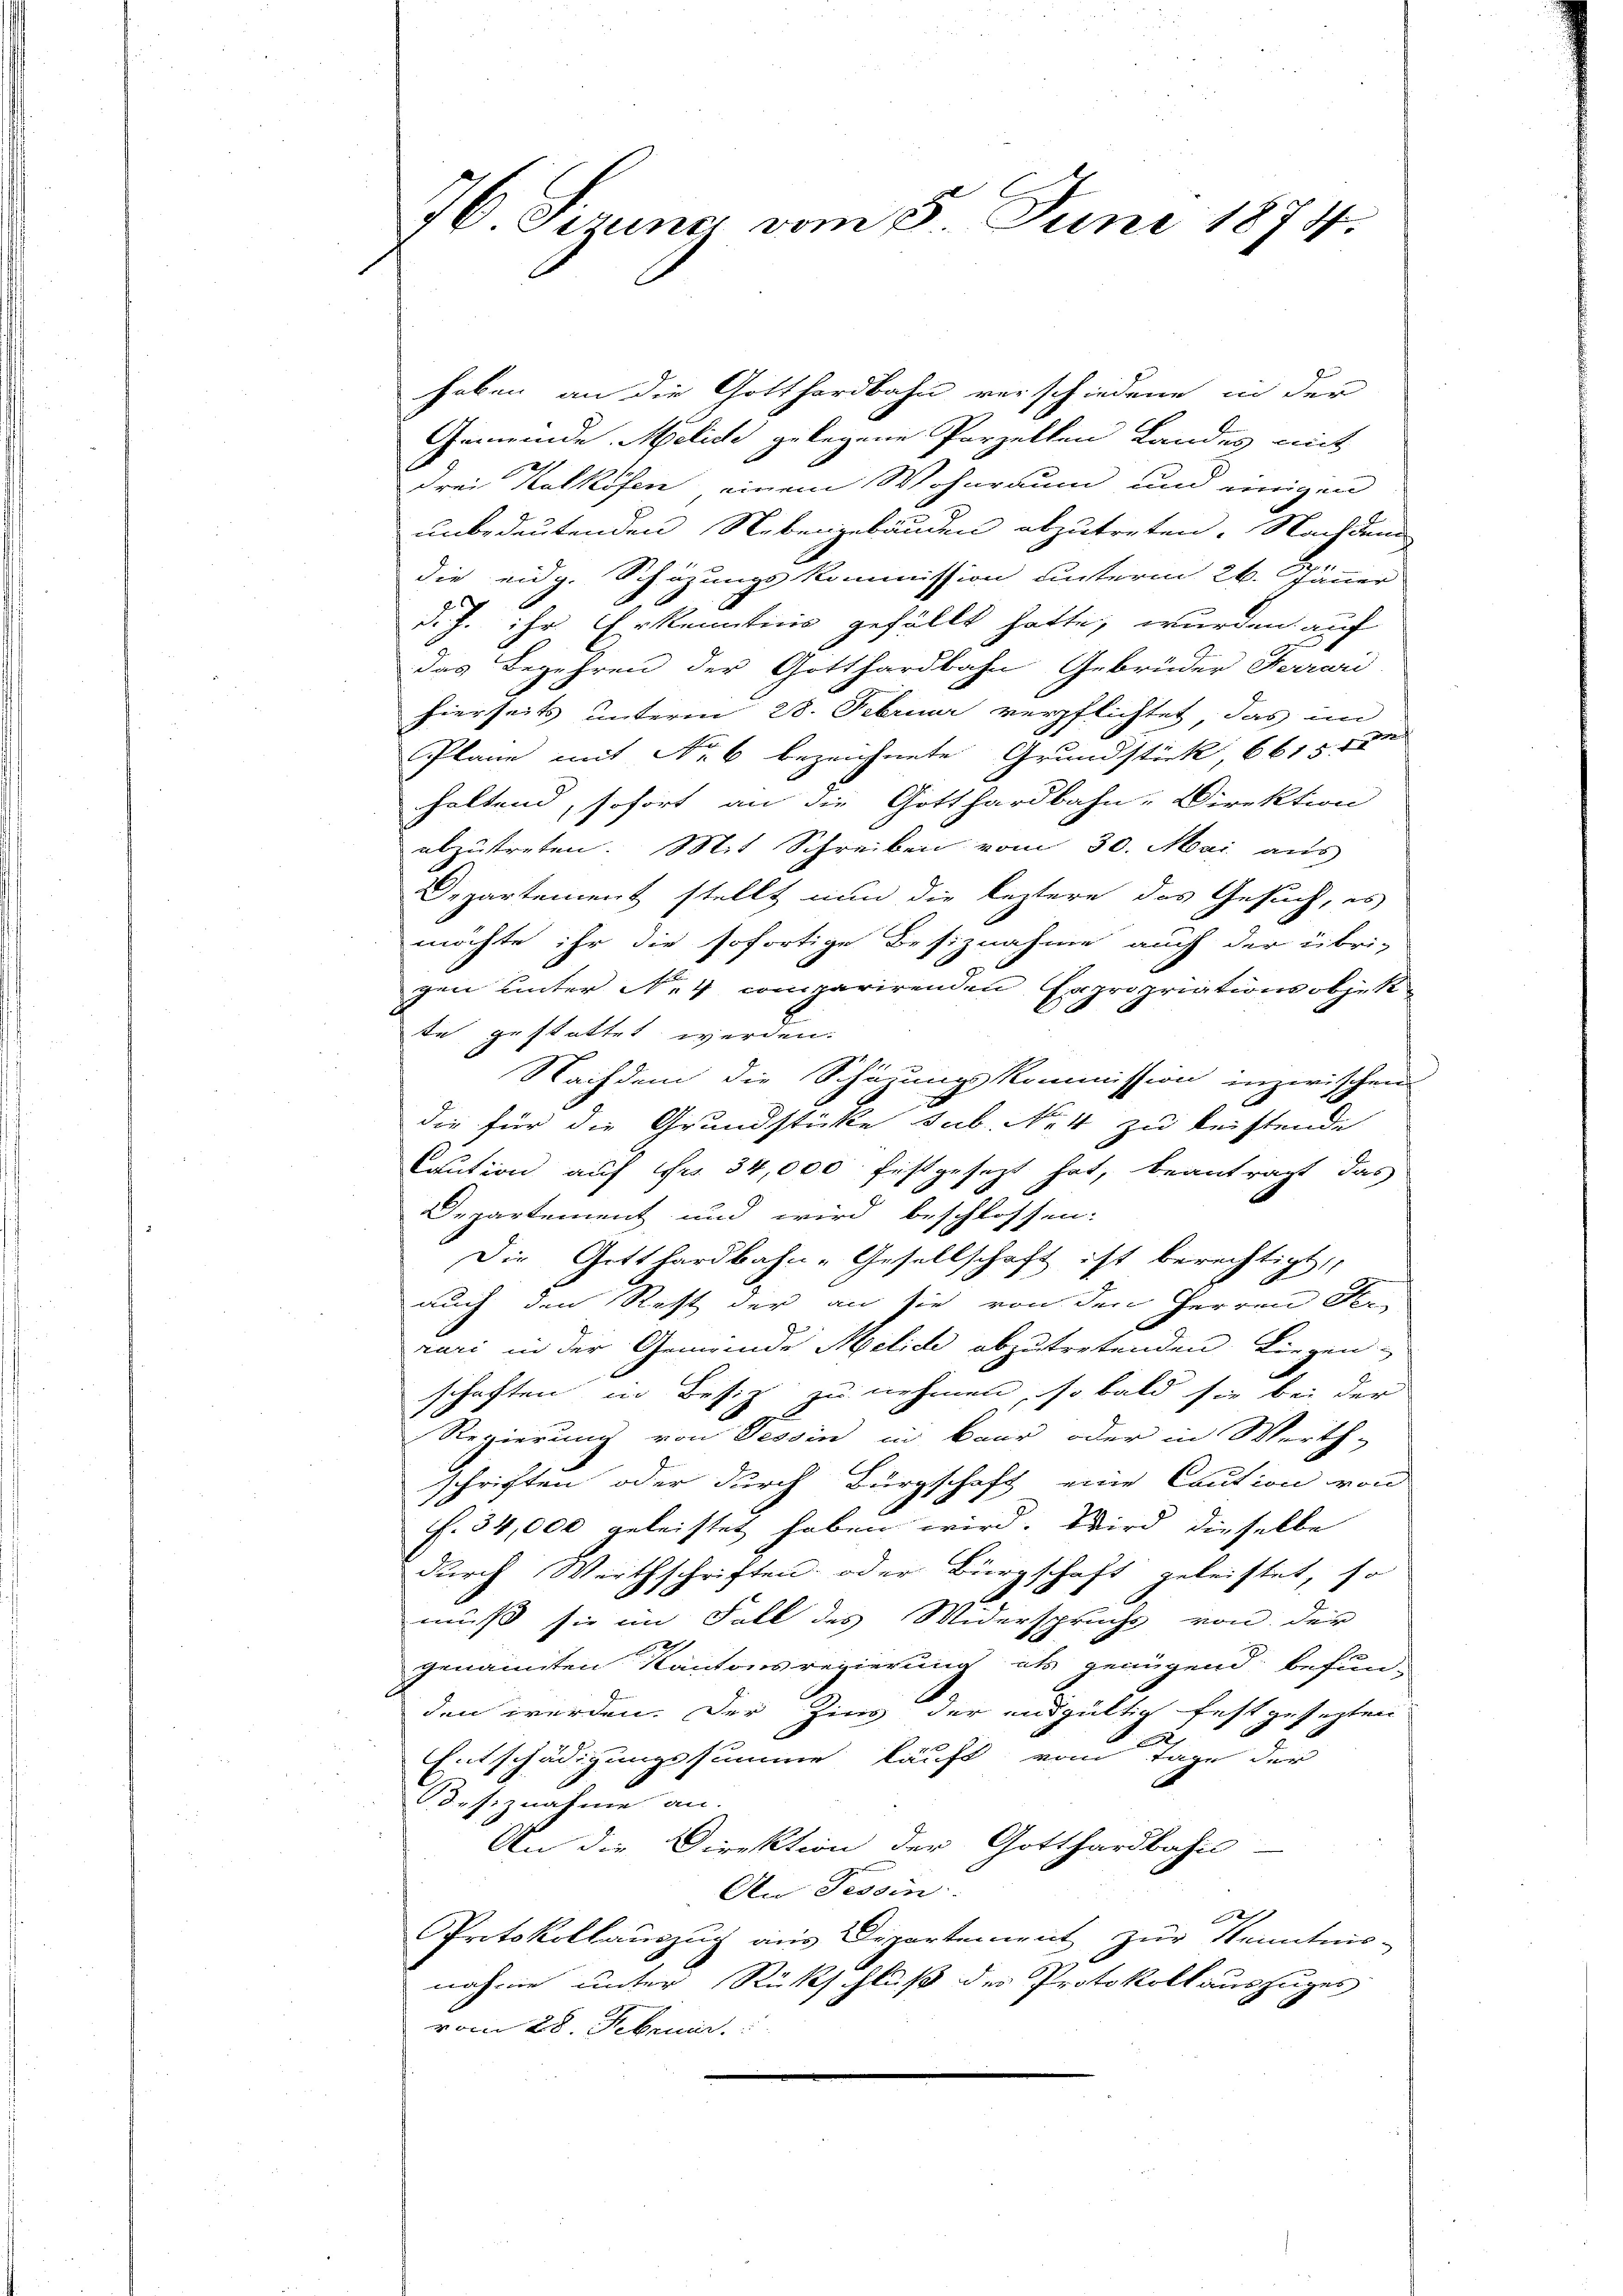
76 Serena vom 5. Juni 1874.

haben an die Gotthardbahn verschiedene in der
Gemeinde Meliche gelegene Parzellen Landes mit
drei Kalköfen einem Wohnraum und einigen
unbedeutenden Nebengebäuden abzutreten. Nachdem
die eidg. Schazungskommission unterm 26. Jänner
d.J. ihr Erkenntnis gefällt hatte, wurden auf
das Begehren der Gotthardbahn Gebrüder Ferrari
hierseits unterm 28. Februar verpflichtet, das im
Plane mit Nr. 6 bezeichnete Grundstück 6615 f
haltend, sofort an die Gotthardbahn-Direktion
abzutreten. Mit Schreiben vom 30. Mai aus
Departement stellt nun die leztere das Gesuch, es
möchte ihr die sofortige Besiznahme auch der übrigen unter N. 4 comparirenden Expropriationsobjekt
te gestattet werden.
Nachdem die Schörung kommission inzwischen
die für die Grundstücke sub. No 4 zu beistende
Caution auf Fr. 34,000 festgesezt hat, beantragt das
Departement und wird beschlossen:
Die Gotthardbahn-Gesellschaft ist berechtigt,
auch den Rest der an sie von den Herren den
rari in der Gemeinde Melich abzutretenden Liegen-
schaften in Besiz zu nehmen, so bald sie bei der
Regierung von Tessin in Baur oder in Werth-
schriften oder durch Bürgschaft eine Caution von
f. 34,000 geleistet haben wird. Wird dieselbe
durch Werthschriften oder Bürgschaft geleistet, so
muß sie im Fall des Widerspruchs von der
genannten Kantonsregierung als genügend befunden werden. Der Zins der endgültig festgesezten
Entschädigungssumme läuft vom Tage der
desiznahme an.
An die Direktion der Gotthardbahn.
An Tessin:
Protokollauszug aus Departement zur Kenntnis-
nahme unter Rückschluß des Protokollauszuges
vom 28. Februar.